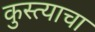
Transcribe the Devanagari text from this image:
कुस्त्याचा